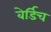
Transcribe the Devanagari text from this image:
बेर्डिच